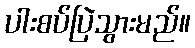
ပါးစပ်ပြဲသွားမည်။